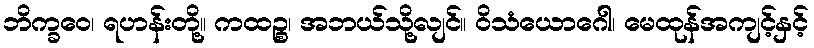
ဘိက္ခဝေ၊ ရဟန်းတို့။ ကထဉ္စ၊ အဘယ်သို့လျင်။ ဝိသံယောဂေါ၊ မေထုန်အကျင့်နှင့်